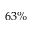
6 3 \%